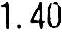
1.40